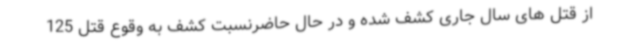
از قتل های سال جاری کشف شده و در حال حاضرنسبت کشف به وقوع قتل 125